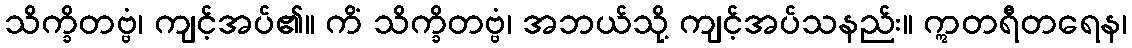
သိက္ခိတဗ္ဗံ၊ ကျင့်အပ်၏။ ကိံ သိက္ခိတဗ္ဗံ၊ အဘယ်သို့ ကျင့်အပ်သနည်း။ ဣတရီတရေန၊